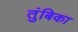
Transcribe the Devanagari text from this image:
तुंबिका